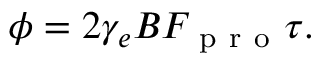
\phi = 2 \gamma _ { e } B F _ { \mathrm { ~ p ~ r ~ o ~ } } \tau .